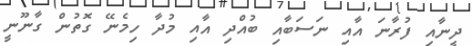
ދީނާއި ފުރާނަ އާއި ނަސަބާއި ބުއްދި އާއި މުދާ ހިމެނޭ ގޮތުން ގާނޫނީ